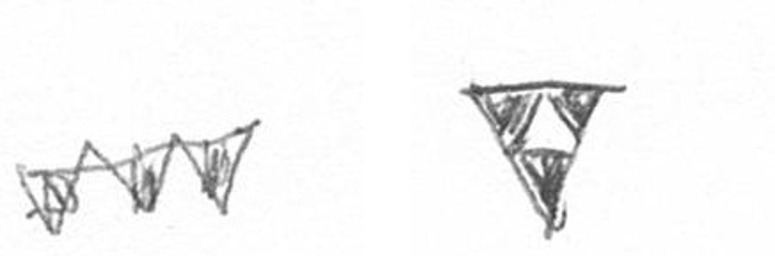
L S